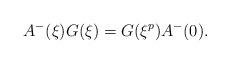
LaTeX: \begin{align*}A^-(\xi)G(\xi)=G(\xi^p)A^-(0).\end{align*}